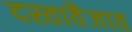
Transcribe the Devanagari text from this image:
दस्तावैजात